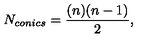
N _ { c o n i c s } = \frac { ( n ) ( n - 1 ) } { 2 } ,